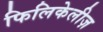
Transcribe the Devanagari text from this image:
फिलिकेलीज़